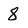
Character: 8